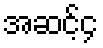
အဆင့်၄